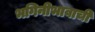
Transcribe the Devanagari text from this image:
भगिनीभावाची